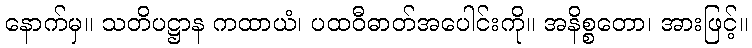
နောက်မှ။ သတိပဋ္ဌာန ကထာယံ၊ ပထဝီဓာတ်အပေါင်းကို။ အနိစ္စတော၊ အားဖြင့်။